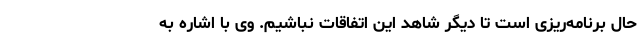
حال برنامه‌ریزی است تا دیگر شاهد این اتفاقات نباشیم. وی با اشاره به